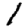
Digit: 1